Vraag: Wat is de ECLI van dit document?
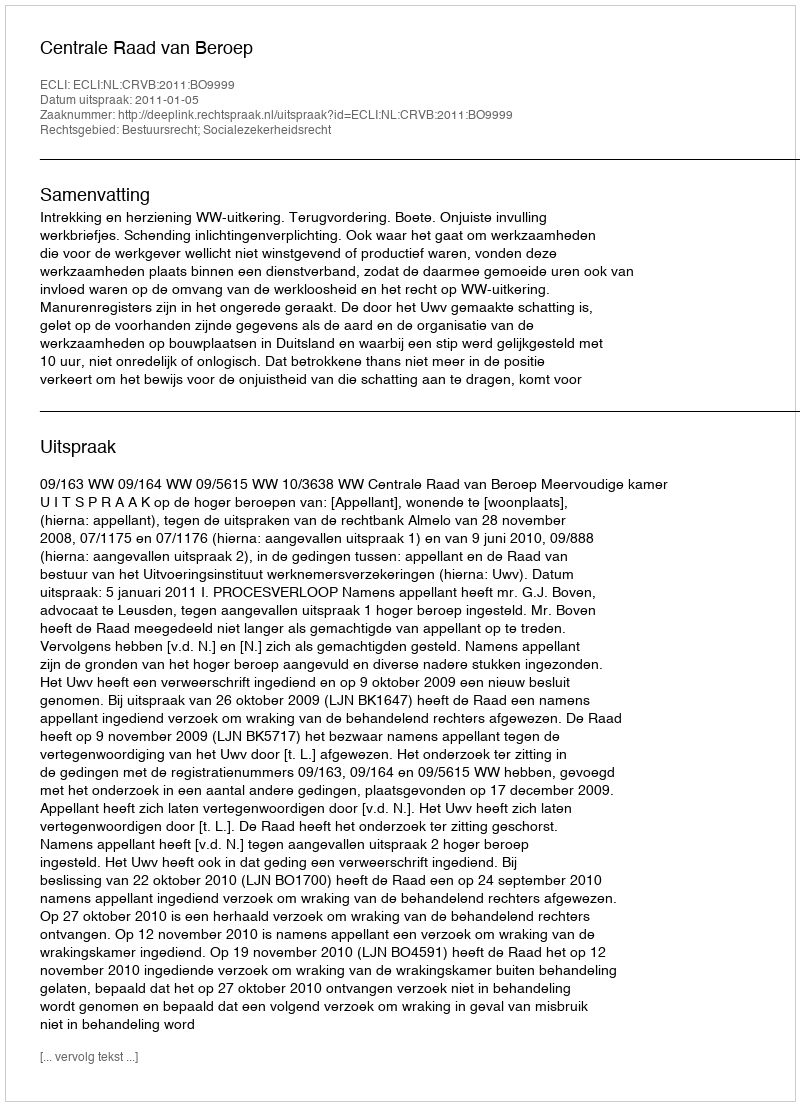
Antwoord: ECLI:NL:CRVB:2011:BO9999